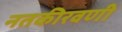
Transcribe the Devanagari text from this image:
नतकीरवणी